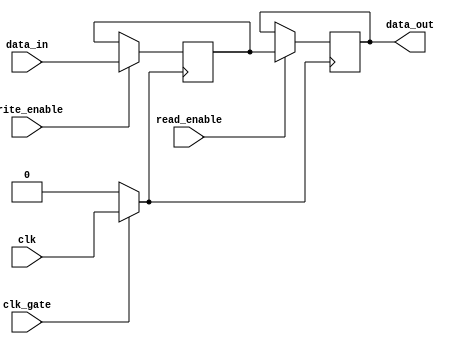
module clock_gated_memory (
    input wire clk,          // Original clock signal
    input wire clk_gate,     // Clock gating control signal
    input wire [7:0] data_in, // Data input for memory
    input wire write_enable,  // Write enable signal
    input wire read_enable,   // Read enable signal
    output reg [7:0] data_out // Data output from memory
);

    // Memory array (8x8 bits for example)
    reg [7:0] memory [0:7];

    // Gated clock signal
    wire gated_clk;

    // Transmission gate logic for clock gating
    assign gated_clk = clk_gate ? clk : 1'b0;

    // Memory write operation
    always @(posedge gated_clk) begin
        if (write_enable) begin
            // Write data to memory
            memory[0] <= data_in; // Writing to address 0 for simplicity
        end
    end

    // Memory read operation
    always @(posedge gated_clk) begin
        if (read_enable) begin
            // Read data from memory
            data_out <= memory[0]; // Reading from address 0 for simplicity
        end
    end

endmodule